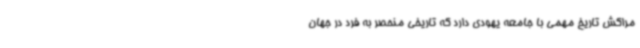
مراکش تاریخ مهمی با جامعه یهودی دارد که تاریخی منحصر به فرد در جهان